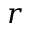
r